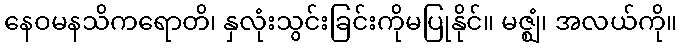
နေဝမနသိကရောတိ၊ နှလုံးသွင်းခြင်းကိုမပြုနိုင်။ မဇ္ဈံ၊ အလယ်ကို။